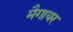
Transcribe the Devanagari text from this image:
मैगायर